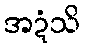
အဍံသိ